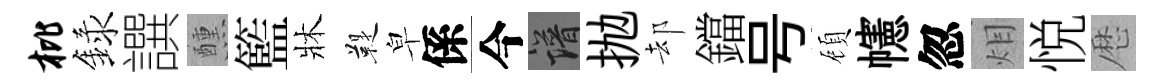
枇録譔醺籃牀鞮皁係今譜抛却鐺号頋幰忽𤇆悦厯